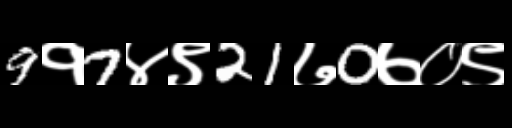
Text: 9१7४९21७0७०९